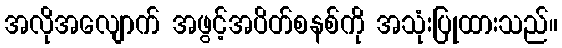
အလိုအလျောက် အဖွင့်အပိတ်စနစ်ကို အသုံးပြုထားသည်။